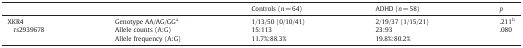
|  |  | Controls (n = 64) | ADHD (n = 58) | p |
 | --- | --- | --- | --- | --- |
 | <ROWSPAN=2> XKR4rs2939678 | Genotype AA/AG/GGa | 1/13/50 (0/10/41) | 2/19/37 (1/15/21) | .211b |
 | Allele counts (A:G) | 15:113 | 23:93 | .080 |
 |  | Allele frequency (A:G) | 11.7%:88.3% | 19.8%:80.2% |  |